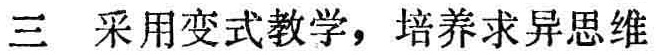
三 采用变式教学，培养求异思维